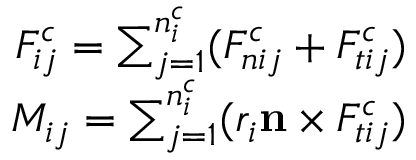
\begin{array} { r } { F _ { i j } ^ { c } = \sum _ { j = 1 } ^ { n _ { i } ^ { c } } ( F _ { n i j } ^ { c } + F _ { t i j } ^ { c } ) } \\ { M _ { i j } = \sum _ { j = 1 } ^ { n _ { i } ^ { c } } ( r _ { i } \mathbf n \times F _ { t i j } ^ { c } ) } \end{array}